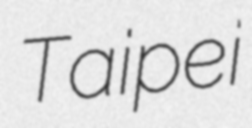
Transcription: Taipei